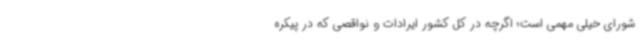
شورای خیلی مهمی است؛ اگرچه در کل کشور ایرادات و نواقصی که در پیکره